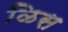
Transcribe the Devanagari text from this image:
ळिस